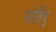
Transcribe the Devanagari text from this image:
पार्तिदू